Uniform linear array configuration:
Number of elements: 48
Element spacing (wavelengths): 0.5
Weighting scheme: exponential
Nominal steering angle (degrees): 60
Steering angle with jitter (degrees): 58.709
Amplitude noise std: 0.05
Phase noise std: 0.05

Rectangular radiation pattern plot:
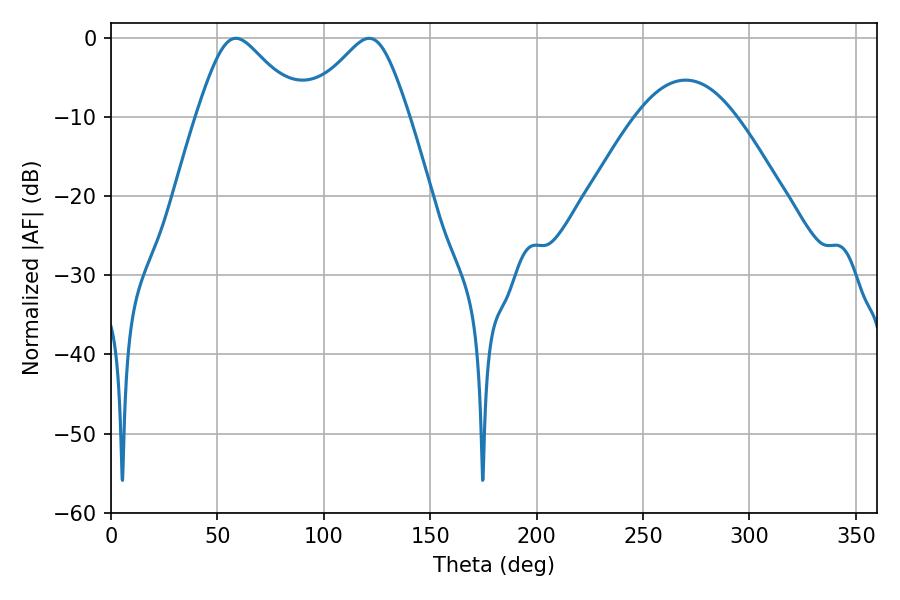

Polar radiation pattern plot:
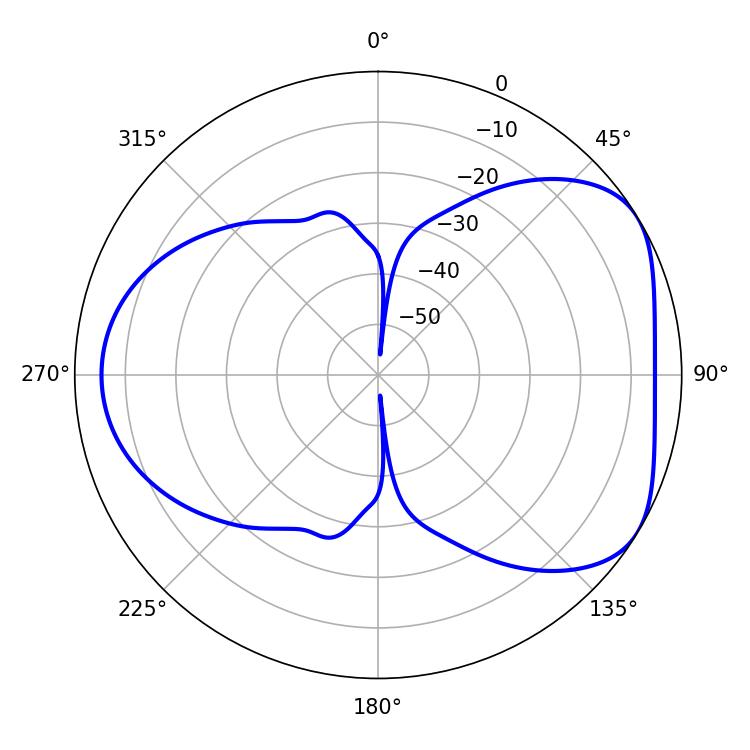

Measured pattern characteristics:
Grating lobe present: FALSE
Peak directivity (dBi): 4.924
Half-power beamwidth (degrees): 23.94
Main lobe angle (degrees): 58.68